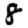
Digit: 8